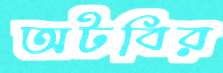
অটবির